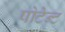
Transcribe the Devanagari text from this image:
पोटेन्ट